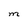
Character: m